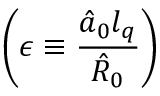
\left( \epsilon \equiv \frac { \hat { a } _ { 0 } l _ { q } } { \hat { R } _ { 0 } } \right)